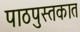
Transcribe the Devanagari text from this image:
पाठपुस्तकात